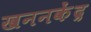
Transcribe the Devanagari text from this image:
खननकेंद्र